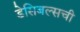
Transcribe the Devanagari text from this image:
डेसिबल्सची